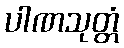
ပါဏသုတ္တံ